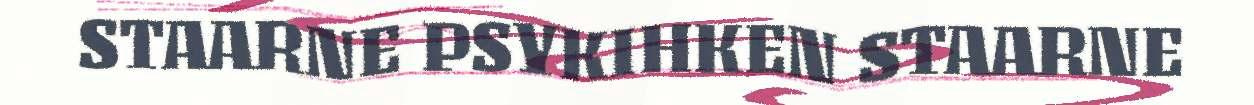
STAARNE PSYKIHKEN STAARNE